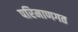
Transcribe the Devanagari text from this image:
परिमाणगत